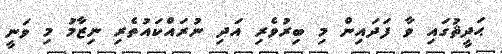
ޙަދީޘުގައި ވާ ފަދައިން މި ބިރުވެރި އަދި ނުރައްކައުތެރި ނިޒާމު މި ވަނީ